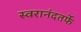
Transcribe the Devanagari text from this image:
स्वरानंदतर्फे